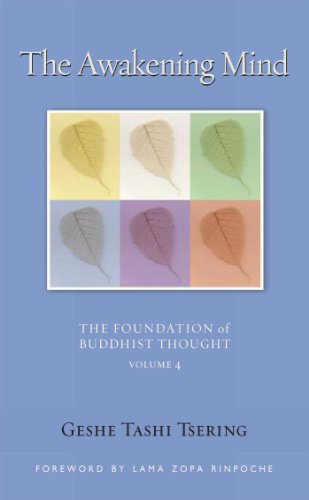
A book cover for The Awakening Mind: The Foundation of Buddhist Thought, Volume 4; Geshe Tashi Tsering; Religion & Spirituality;